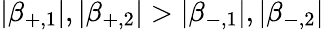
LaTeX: |\beta_{+,1}|,|\beta_{+,2}|>|\beta_{-,1}|,|\beta_{-,2}|